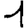
Digit: 1